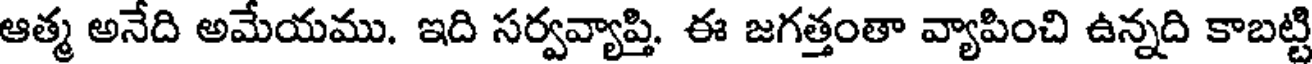
ఆత్మ అనేది అమేయము. ఇది సర్వవ్యాప్తి. ఈ జగత్తంతా వ్యాపించి ఉన్నది కాబట్టి